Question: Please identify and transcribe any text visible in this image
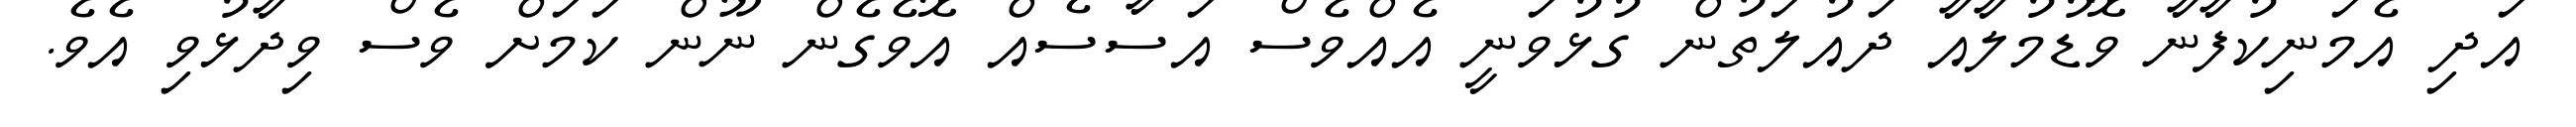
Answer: އަދި އެމަނިކުފާނާ ވޮޑުމުލާއާ ދައުލަތުން ގުޅުވަނީ އެއްވެސް އަސާސެއް އޮވެގެން ނޫން ކަމަށް ވެސް ވިދާޅުވި އެވެ.